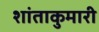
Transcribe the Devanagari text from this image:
शांताकुमारी